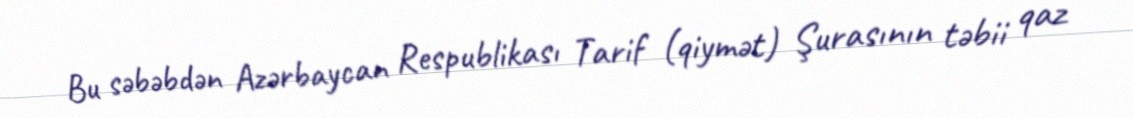
Bu səbəbdən Azərbaycan Respublikası Tarif (qiymət) Şurasının təbii qaz